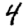
Digit: 4